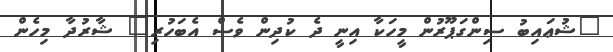
"ޝުޢައިބު ސިންގަޕޫރުން މީހަކާ އިނީ ދެ ކުދިން ވެސް އެބަހުރި" ޝާރުދާ މިހެން